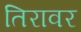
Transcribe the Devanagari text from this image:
तिरावर